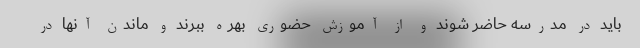
باید در مدرسه حاضر شوند و از آموزش حضوری بهره ببرند و ماندن آنها در